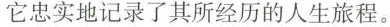
它忠实地记录了其所经历的人生旅程。